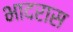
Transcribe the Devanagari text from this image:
भादरास